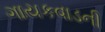
ગાયકવાડની